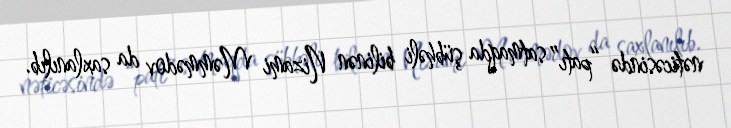
nəticəsində “patı” satmaqda şübhəli bilinən Nizami Məmmədov da saxlanılıb.